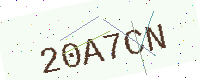
Text: 20A7CN